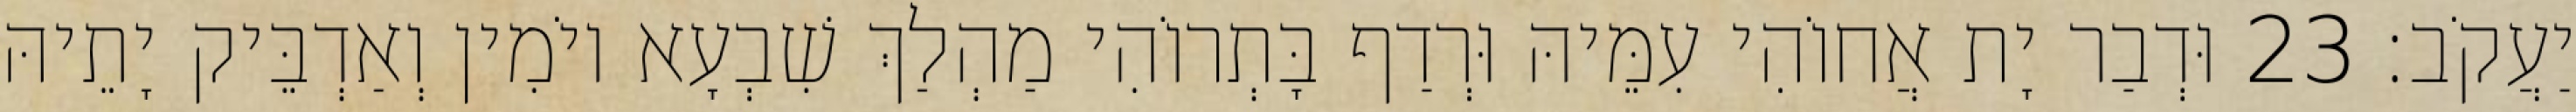
יַעֲקֹב׃ 23 וּדְבַר יָת אֲחוֹהִי עִמֵּיהּ וּרְדַף בָּתְרוֹהִי מַהְלַךְ שִׁבְעָא יוֹמִין וְאַדְבֵּיק יָתֵיהּ